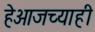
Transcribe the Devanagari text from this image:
हेआजच्याही